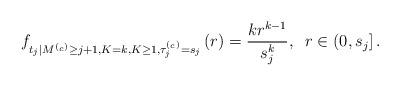
LaTeX: \begin{align*}f_{t_j\vert M^{(_c)}\geq j+1, K=k, K\geq 1, \tau^{(_c)}_j = s_j}\left(r\right) = \frac{k r^{k-1}}{s_j^k}, \;\;r\in \left(0,s_j\right].\end{align*}